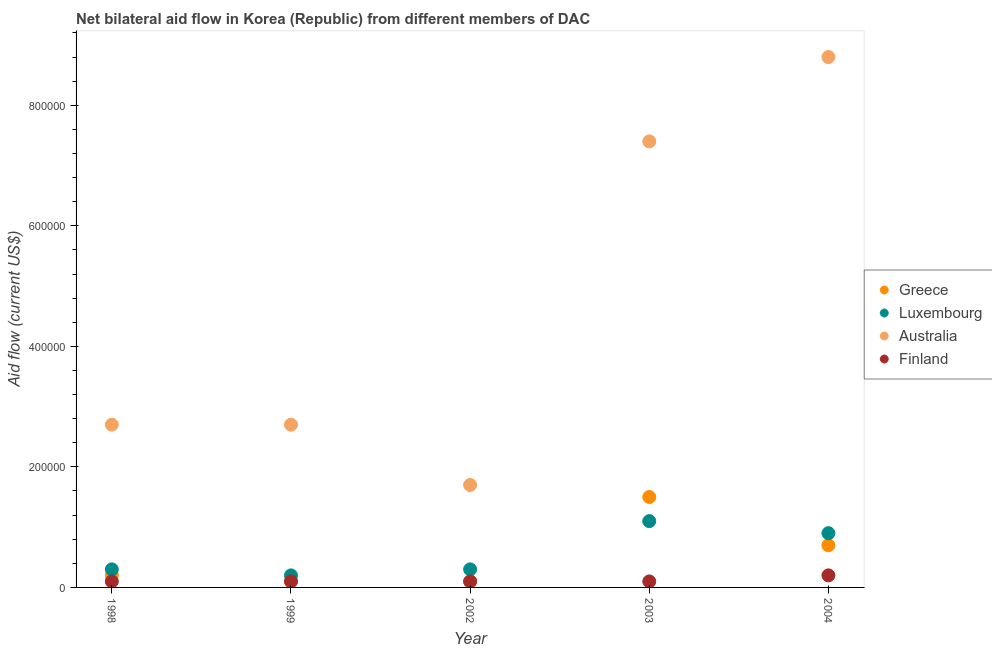
| Year | Greece | Luxembourg | Australia | Finland |
 | --- | --- | --- | --- | --- |
 | 1998 | 2e+04 | 3e+04 | 2.7e+05 | 1e+04 |
 | 1999 | 1e+04 | 2e+04 | 2.7e+05 | 1e+04 |
 | 2002 | 1e+04 | 3e+04 | 1.7e+05 | 1e+04 |
 | 2003 | 1.5e+05 | 1.1e+05 | 7.4e+05 | 1e+04 |
 | 2004 | 7e+04 | 9e+04 | 8.8e+05 | 2e+04 |